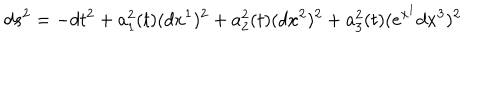
LaTeX: d s ^ { 2 } = - d t ^ { 2 } + a _ { 1 } ^ { 2 } ( t ) ( d x ^ { 1 } ) ^ { 2 } + a _ { 2 } ^ { 2 } ( t ) ( d x ^ { 2 } ) ^ { 2 } + a _ { 3 } ^ { 2 } ( t ) ( e ^ { x ^ { 1 } } d x ^ { 3 } ) ^ { 2 }